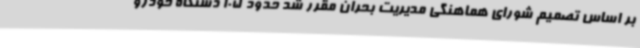
بر اساس تصمیم شورای هماهنگی مدیریت بحران مقرر شد حدود 105 دستگاه خودرو